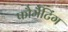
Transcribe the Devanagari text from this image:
फौर्मैटिंग